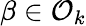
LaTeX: \beta\in{\mathcal{O}}_{k}